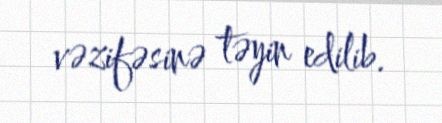
vəzifəsinə təyin edilib.